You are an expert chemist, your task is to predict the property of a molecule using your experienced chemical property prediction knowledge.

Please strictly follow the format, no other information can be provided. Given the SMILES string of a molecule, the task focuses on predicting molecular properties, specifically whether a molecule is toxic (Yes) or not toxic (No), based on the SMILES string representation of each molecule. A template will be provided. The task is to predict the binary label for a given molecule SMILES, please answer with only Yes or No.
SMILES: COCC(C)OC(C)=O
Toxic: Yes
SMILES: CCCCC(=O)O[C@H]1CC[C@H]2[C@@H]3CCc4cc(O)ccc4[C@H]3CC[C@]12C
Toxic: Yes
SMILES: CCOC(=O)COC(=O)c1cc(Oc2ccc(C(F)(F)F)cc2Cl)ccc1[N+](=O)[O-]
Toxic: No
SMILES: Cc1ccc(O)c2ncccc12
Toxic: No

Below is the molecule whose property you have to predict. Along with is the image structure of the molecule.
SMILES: C1CCN(CN2CCCCC2)CC1
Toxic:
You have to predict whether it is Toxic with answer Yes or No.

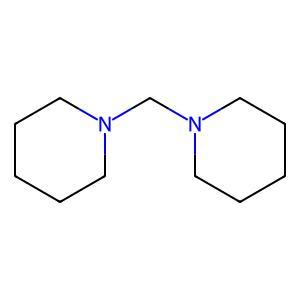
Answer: No